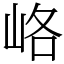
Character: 峈